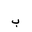
Letter: _ba